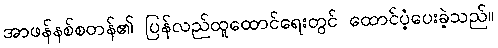
အာဖန်နစ်စတန်၏ ပြန်လည်ထူထောင်ရေးတွင် ထောင်ပံ့ပေးခဲ့သည်။